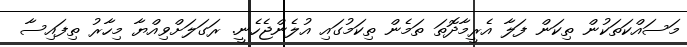
މަސައްކަތަކުން ތިކަން ފަލާ އެރީމާދޮތަ ތަމެން ތިކަމުގައި އުލެންޖެހެނީ. ރަގަލަށްވިއްޔާ މިހާރު ތިފައިސާ